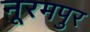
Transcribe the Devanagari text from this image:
नूरमपुर